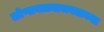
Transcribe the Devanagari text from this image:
लोणावळ्याजवळच्या